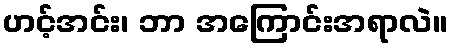
ဟင့်အင်း၊ ဘာ အကြောင်းအရာလဲ။